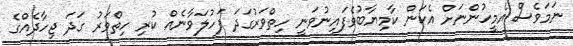
ނަމަވެސް އެމީހުންނަށް އެކަން ކާމިޔާބުވެފައިނުވަނީ ހިތްވަރުގަދަ ފަހުލަވާނެއް ކުރި ހިތްވަރު ގަދަ ޖިހާދެއްގެ